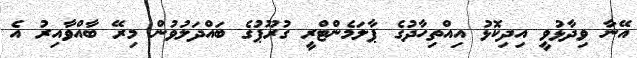
އޭނާ ވިދާޅުވީ އިދިކޮޅު އިއްތިހާދުގެ ޕާލަމެންޓްރީ ގުރޫޕުގެ ބައްދަލުވުން މިރޭ ބާއްވާއިރު އެ